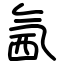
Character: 氥